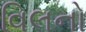
વિલનો